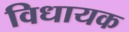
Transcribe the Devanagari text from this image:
विधायक